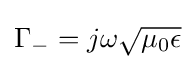
\Gamma _{-}=j\omega {\sqrt {\mu _{0}\epsilon }}